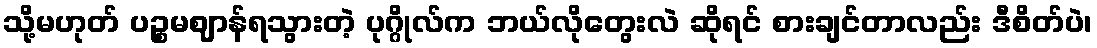
သို့မဟုတ် ပဉ္စမဈာန်ရသွားတဲ့ ပုဂ္ဂိုလ်က ဘယ်လိုတွေးလဲ ဆိုရင် စားချင်တာလည်း ဒီစိတ်ပဲ၊